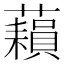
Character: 𧂬